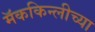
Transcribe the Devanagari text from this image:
मॅककिन्लीच्या